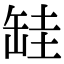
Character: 𦈰